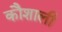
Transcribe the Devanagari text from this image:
कौशाली